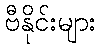
ဗီနိုင်းများ